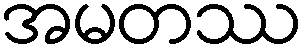
အမတဿ